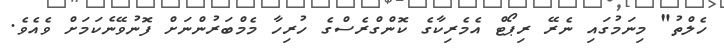
ހެލްތު" މިނަމުގައި ނެރޭ ރިޕޯޓް އެމެރިކާގެ ކޮންގްރެސްގެ ހުރިހާ މެމްބަރުންނަށް ފޮނުވޭނެކަމަށް ވެއެވެ.